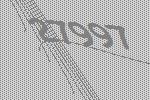
27997